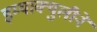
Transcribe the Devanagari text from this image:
इम्‍याक्‍युलीने